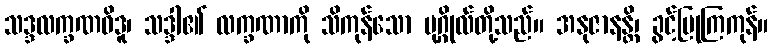
သဒ္ဒလက္ခဏဝိဒူ၊ သဒ္ဒါ၏ လက္ခဏာကို သိကုန်သော ပုဂ္ဂိုလ်တို့သည်။ အနုဇာနန္တိ၊ ခွင့်ပြုကြကုန်။